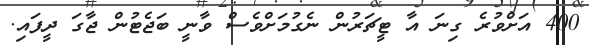
400 އަށްވުރެ ގިނަ އާ ޓީޗަރުން ނެގުމަށްވެސް ވާނީ ބަޖެޓުން ޖާގަ ދީފައި.